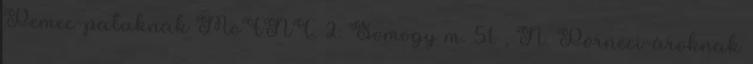
Pemec-pataknak MoFNT. 2: Somogy m. 51. , N. Pörneci-ároknak